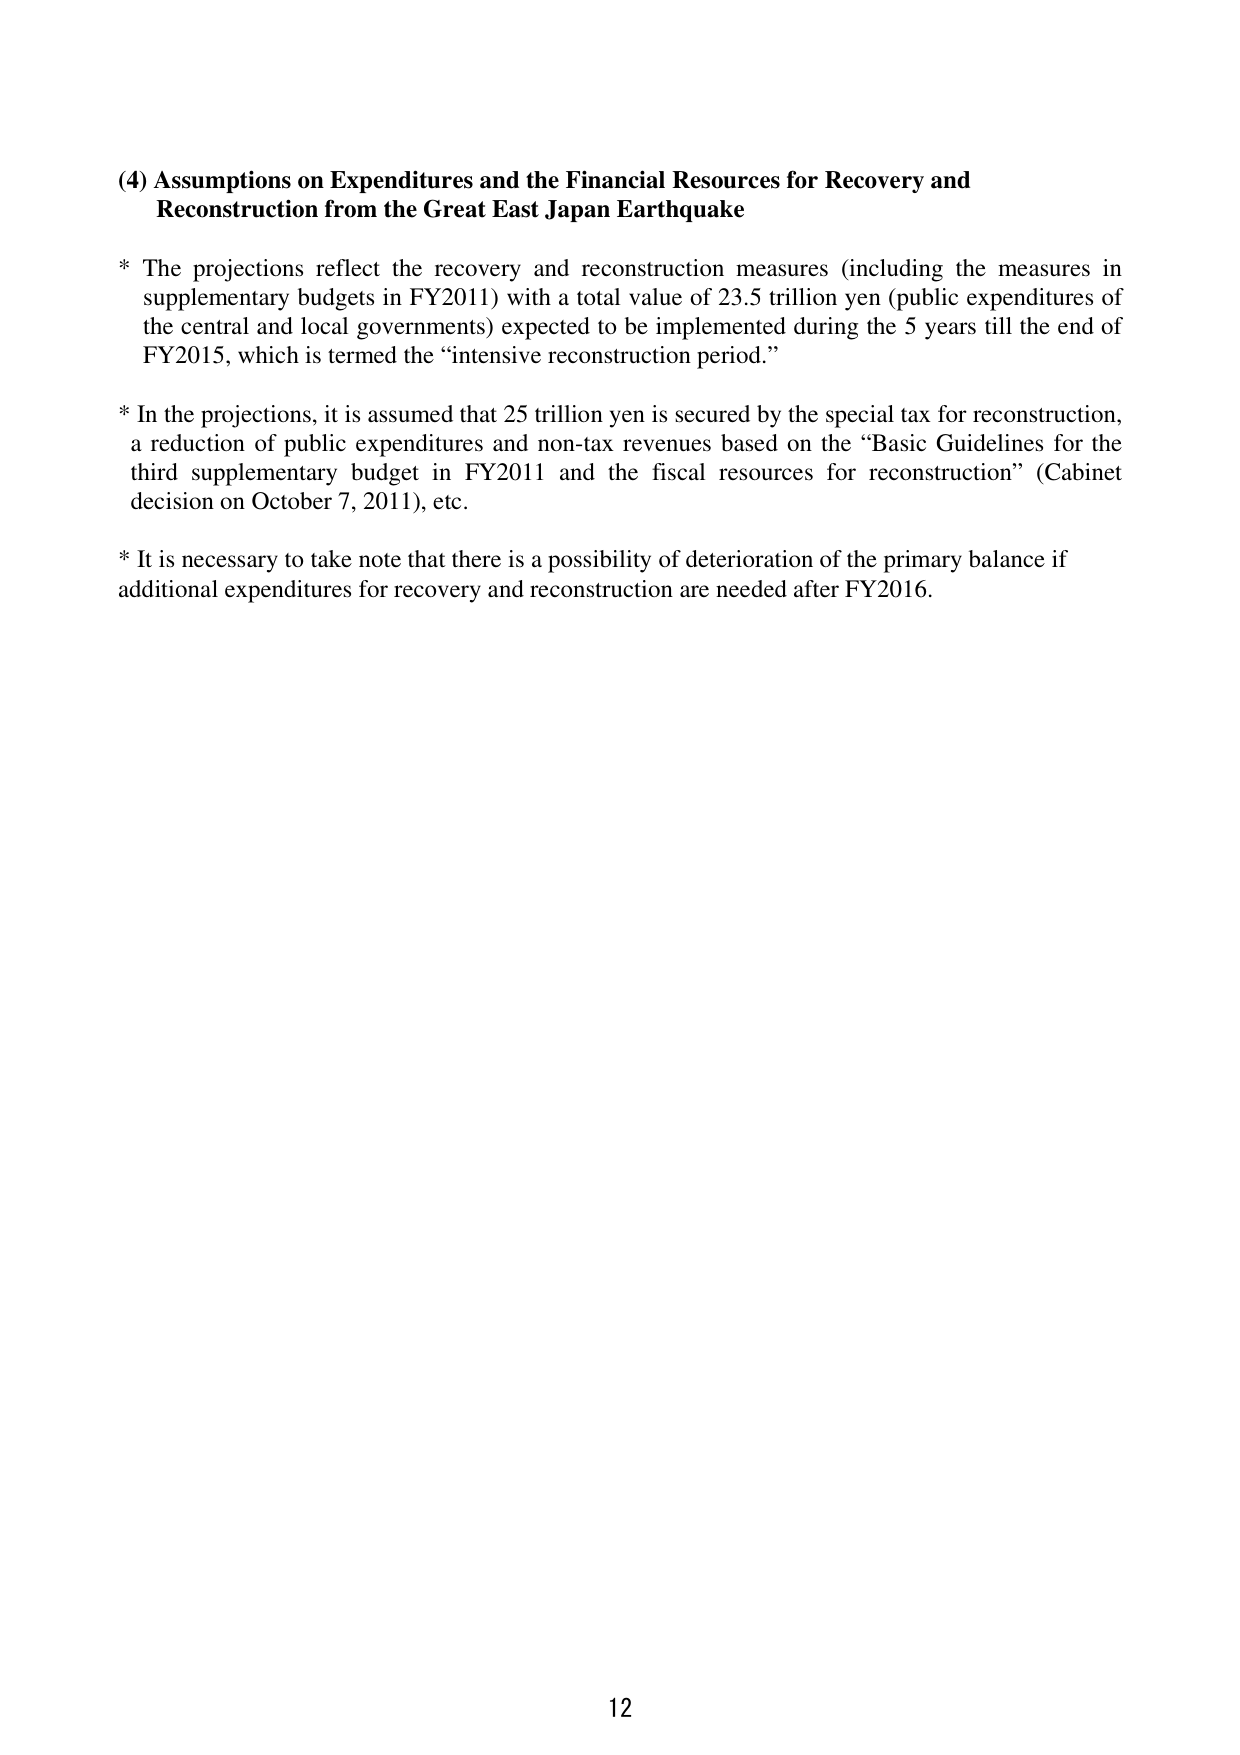
(4) Assumptions on Expenditures and the Financial Resources for Recovery and Reconstruction from the Great East Japan Earthquake

* The projections reflect the recovery and reconstruction measures (including the measures in supplementary budgets in FY2011) with a total value of 23.5 trillion yen (public expenditures of the central and local governments) expected to be implemented during the 5 years till the end of FY2015, which is termed the “intensive reconstruction period.”

* In the projections, it is assumed that 25 trillion yen is secured by the special tax for reconstruction, a reduction of public expenditures and non-tax revenues based on the “Basic Guidelines for the third supplementary budget in FY2011 and the fiscal resources for reconstruction” (Cabinet decision on October 7, 2011), etc.

* It is necessary to take note that there is a possibility of deterioration of the primary balance if additional expenditures for recovery and reconstruction are needed after FY2016.

12